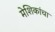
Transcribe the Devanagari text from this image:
मेशिकांचा